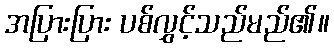
အပြားပြား ပစ်လွှင့်သည်မည်၏။